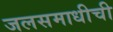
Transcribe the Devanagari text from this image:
जलसमाधीची